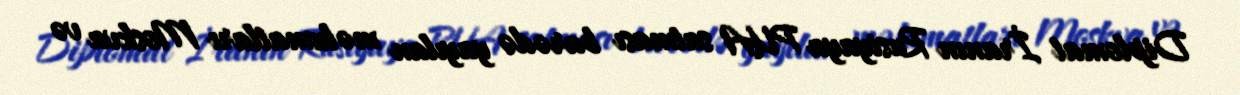
Diplomat İranın Rusiyaya PUA satması barədə yayılan məlumatları Moskva və